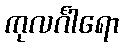
ကုလင်္ဂါရော